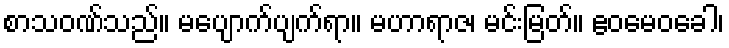
စာသဝဏ်သည်။ မပျောက်ပျက်ရာ။ မဟာရာဇ၊ မင်းမြတ်။ ဧဝမေဝခေါ၊